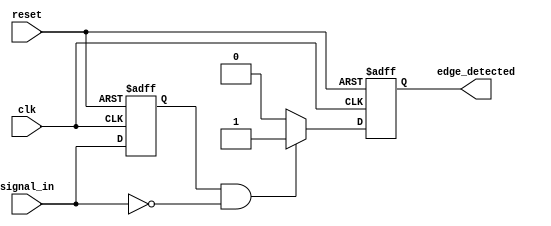
module negative_edge_detector (
    input wire clk,          // Clock input
    input wire reset,        // Reset input
    input wire signal_in,    // Signal to be monitored
    output reg edge_detected  // Output signal indicating a negative edge
);

    reg signal_in_prev;  // Memory element to hold the previous state of signal_in

    // Always block to update the previous state and detect negative edges
    always @(posedge clk or posedge reset) begin
        if (reset) begin
            signal_in_prev <= 1'b1; // Initialize to high (1) on reset
            edge_detected <= 1'b0;   // Ensure edge_detected is low on reset
        end else begin
            // Detect negative edge: current is low (0) and previous was high (1)
            if (signal_in_prev == 1'b1 && signal_in == 1'b0) begin
                edge_detected <= 1'b1; // Set edge_detected high
            end else begin
                edge_detected <= 1'b0;  // Reset edge_detected to low
            end
            
            // Update previous state
            signal_in_prev <= signal_in;
        end
    end

endmodule